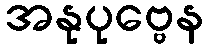
အနုပုဗ္ဗေန